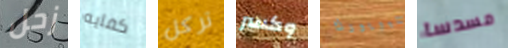
زحل كفايه تركل وكسر بنيويورك مسدسا